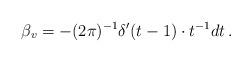
LaTeX: \begin{align*} \beta_v=-(2\pi )^{-1}\delta'(t-1)\cdot t^{-1}dt\, .\end{align*}